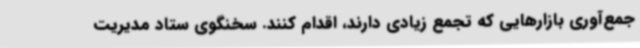
جمع‌آوری بازارهایی که تجمع زیادی دارند، اقدام کنند. سخنگوی ستاد مدیریت